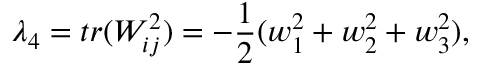
\lambda _ { 4 } = t r ( W _ { i j } ^ { 2 } ) = - \frac 1 2 ( w _ { 1 } ^ { 2 } + w _ { 2 } ^ { 2 } + w _ { 3 } ^ { 2 } ) ,